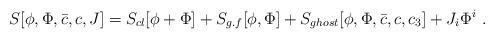
LaTeX: \begin{align*}S[\phi, \Phi, \bar c, c, J ] = S_{cl}[\phi +\Phi] + S_{g.f} [\phi, \Phi]+S_{ghost}[\phi, \Phi, \bar c, c, c_3] + J_i \Phi^i \ .\end{align*}